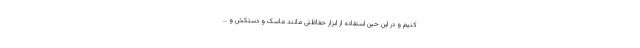
کنیم و در این حین استفاده از ابزار حفاظتی مانند ماسک و دستکش و ..